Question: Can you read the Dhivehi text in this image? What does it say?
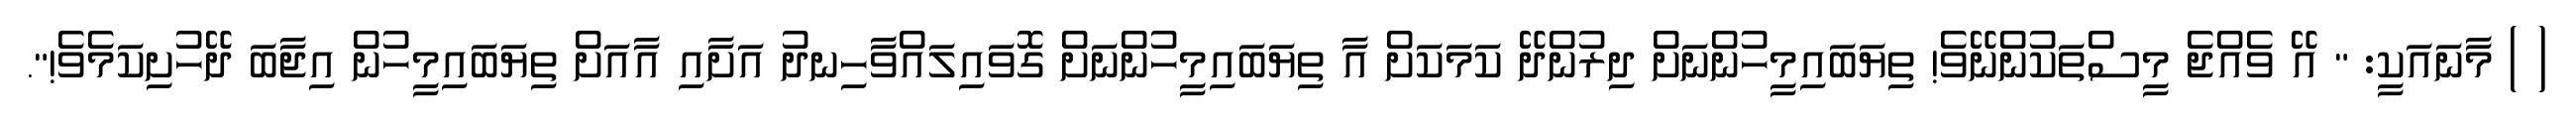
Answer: ( ) މާނައަކީ: " އޭ ވެއްޖެ މީސްތަކުންނޭވެ! ތިޔަބައިމީހުންނަށް ދިރުންދޭ ކަމަކަށް އާ ތިޔަބައިމީހުންނަށް ގޮވައިލައްވާހިނދު އަށާއި އާއަށް ތިޔަބައިމީހުން އިޖާބަ ދޭހުށިކަމެވެ!".